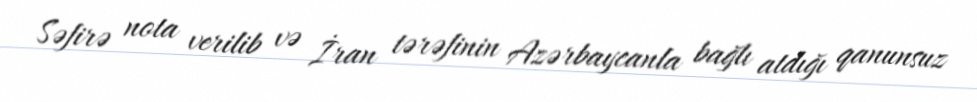
Səfirə nota verilib və İran tərəfinin Azərbaycanla bağlı atdığı qanunsuz